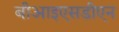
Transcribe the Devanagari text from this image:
बीआइएसडीएन